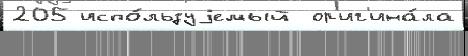
205 испо́льзуjемый  ор'иг'ина́ла